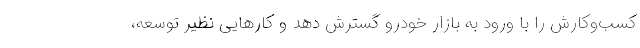
کسب‌وکارش را با ورود به بازار خودرو گسترش دهد و کارهایی نظیر توسعه،